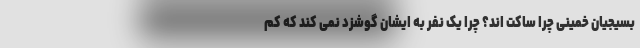
بسیجیان خمینی چرا ساکت اند؟ چرا یک نفر به ایشان گوشزد نمی کند که کم